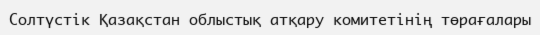
Солтүстік Қазақстан облыстық атқару комитетінің төрағалары